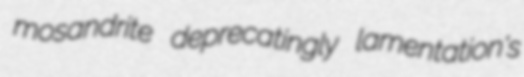
mosandrite deprecatingly lamentation's